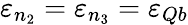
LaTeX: \varepsilon_{n_{2}}=\varepsilon_{n_{3}}=\varepsilon_{Qb}